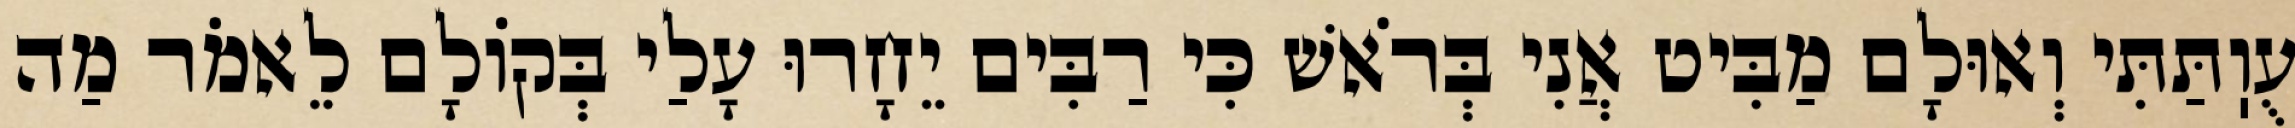
עֻוֽתַּתִּי וְאוּלָם מַבִּיט אֲנִי בְּרֹאשׁ כִּי רַבִּים יֵחָרוּ עָלַי בְּקוֹלָם לֵאמֹר מַה